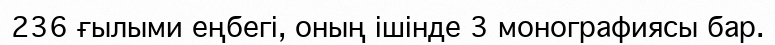
236 ғылыми еңбегі, оның ішінде 3 монографиясы бар.